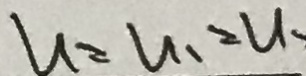
u = u _ { 1 } = u